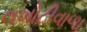
લખોટીવાળા